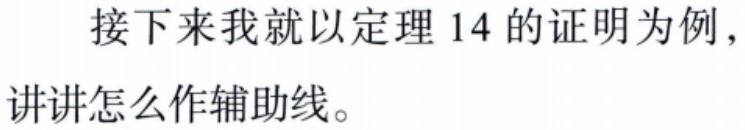
接下来我就以定理 14 的证明为例，讲讲怎么作辅助线。